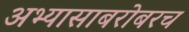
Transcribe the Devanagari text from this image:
अभ्यासाबरोबरच